Indian journal of veterinary science and animal husbandry - Volume 9,
Year: 1939
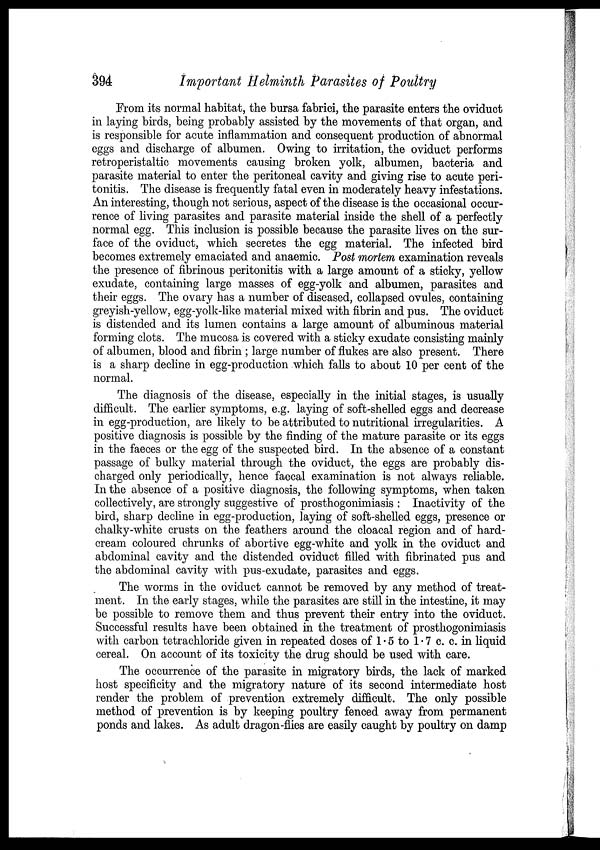
394
Important Helminth Parasites of Poultry
From its normal habitat, the bursa fabrici, the parasite enters the oviduct
in laying birds, being probably assisted by the movements of that organ, and
is responsible for acute inflammation and consequent production of abnormal
eggs and discharge of albumen. Owing to irritation, the oviduct performs
retroperistaltic movements causing broken yolk, albumen, bacteria and
parasite material to enter the peritoneal cavity and giving rise to acute peri-
tonitis. The disease is frequently fatal even in moderately heavy infestations.
An interesting, though not serious, aspect of the disease is the occasional occur-
rence of living parasites and parasite material inside the shell of a perfectly
normal egg. This inclusion is possible because the parasite lives on the sur-
face of the oviduct, which secretes the egg material. The infected bird
becomes extremely emaciated and anaemic. Post mortem examination reveals
the presence of fibrinous peritonitis with a large amount of a sticky, yellow
exudate, containing large masses of egg-yolk and albumen, parasites and
their eggs. The ovary has a number of diseased, collapsed ovules, containing
greyish-yellow, egg-yolk-like material mixed with fibrin and pus. The oviduct
is distended and its lumen contains a large amount of albuminous material
forming clots. The mucosa is covered with a sticky exudate consisting mainly
of albumen, blood and fibrin ; large number of flukes are also present. There
is a sharp decline in egg-production which falls to about 10 per cent of the
normal.
The diagnosis of the disease, especially in the initial stages, is usually
difficult. The earlier symptoms, e.g. laying of soft-shelled eggs and decrease
in egg-production, are likely to be attributed to nutritional irregularities. A
positive diagnosis is possible by the finding of the mature parasite or its eggs
in the faeces or the egg of the suspected bird. In the absence of a constant
passage of bulky material through the oviduct, the eggs are probably dis-
charged only periodically, hence faecal examination is not always reliable.
In the absence of a positive diagnosis, the following symptoms, when taken
collectively, are strongly suggestive of prosthogonimiasis : Inactivity of the
bird, sharp decline in egg-production, laying of soft-shelled eggs, presence or
chalky-white crusts on the feathers around the cloacal region and of hard-
cream coloured chrunks of abortive egg-white and yolk in the oviduct and
abdominal cavity and the distended oviduct filled with fibrinated pus and
the abdominal cavity with pus-exudate, parasites and eggs.
The worms in the oviduct cannot be removed by any method of treat-
ment. In the early stages, while the parasites are still in the intestine, it may
be possible to remove them and thus prevent their entry into the oviduct.
Successful results have been obtained in the treatment of prosthogonimiasis
with carbon tetrachloride given in repeated doses of 1.5 to 1.7 c. c. in liquid
cereal. On account of its toxicity the drug should be used with care.
The occurrence of the parasite in migratory birds, the lack of marked
host specificity and the migratory nature of its second intermediate host
render the problem of prevention extremely difficult. The only possible
method of prevention is by keeping poultry fenced away from permanent
ponds and lakes. As adult dragon-flies are easily caught by poultry on damp